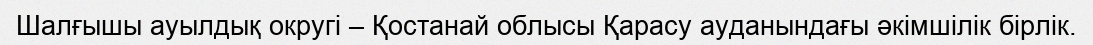
Шалғышы ауылдық округі – Қостанай облысы Қарасу ауданындағы әкімшілік бірлік.